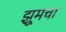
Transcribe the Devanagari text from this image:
झूमचा